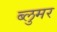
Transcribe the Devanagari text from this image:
ब्लुमर